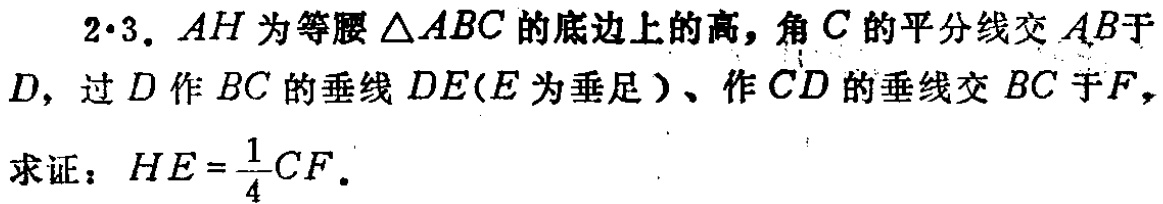
$2\cdot3$. $AH$为等腰$\triangle ABC$的底边上的高，角$C$的平分线交$AB$于$D$，过$D$作$BC$的垂线$DE$（$E$为垂足）、作$CD$的垂线交$BC$于$F$，

求证：$HE = \frac{1}{4}CF$。